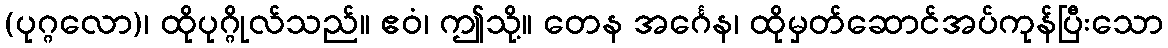
(ပုဂ္ဂလော)၊ ထိုပုဂ္ဂိုလ်သည်။ ဧဝံ၊ ဤသို့။ တေန အင်္ဂေန၊ ထိုမှတ်ဆောင်အပ်ကုန်ပြီးသော